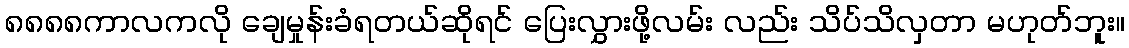
၈၈၈၈ကာလကလို ချေမှုန်းခံရတယ်ဆိုရင် ပြေးလွှားဖို့လမ်း လည်း သိပ်သိလှတာ မဟုတ်ဘူး။